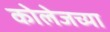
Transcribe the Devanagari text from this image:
कोलेजच्या